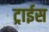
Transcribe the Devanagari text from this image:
ट्राईस